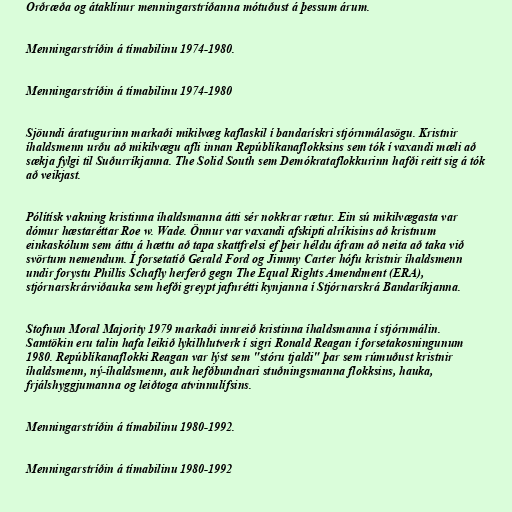
Orðræða og átaklínur menningarstríðanna mótuðust á þessum árum.

Menningarstríðin á tímabilinu 1974-1980.

Menningarstríðin á tímabilinu 1974-1980

Sjöundi áratugurinn markaði mikilvæg kaflaskil í bandarískri stjórnmálasögu. Kristnir
íhaldsmenn urðu að mikilvægu afli innan Repúblíkanaflokksins sem tók í vaxandi mæli að
sækja fylgi til Suðurríkjanna. The Solid South sem Demókrataflokkurinn hafði reitt sig á tók
að veikjast.

Pólítísk vakning kristinna íhaldsmanna átti sér nokkrar rætur. Ein sú mikilvægasta var
dómur hæstaréttar Roe w. Wade. Önnur var vaxandi afskipti alríkisins að kristnum
einkaskólum sem áttu á hættu að tapa skattfrelsi ef þeir héldu áfram að neita að taka við
svörtum nemendum. Í forsetatíð Gerald Ford og Jimmy Carter hófu kristnir íhaldsmenn
undir forystu Phillis Schafly herferð gegn The Equal Rights Amendment (ERA),
stjórnarskrárviðauka sem hefði greypt jafnrétti kynjanna í Stjórnarskrá Bandaríkjanna.

Stofnun Moral Majority 1979 markaði innreið kristinna íhaldsmanna í stjórnmálin.
Samtökin eru talin hafa leikið lykilhlutverk í sigri Ronald Reagan í forsetakosningunum
1980. Repúblíkanaflokki Reagan var lýst sem "stóru tjaldi" þar sem rúmuðust kristnir
íhaldsmenn, ný-íhaldsmenn, auk hefðbundnari stuðningsmanna flokksins, hauka,
frjálshyggjumanna og leiðtoga atvinnulífsins.

Menningarstríðin á tímabilinu 1980-1992.

Menningarstríðin á tímabilinu 1980-1992